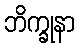
ဘိက္ခုနာ